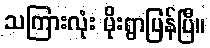
သကြားလုံး မိုးရွာပြန်ပြီ။